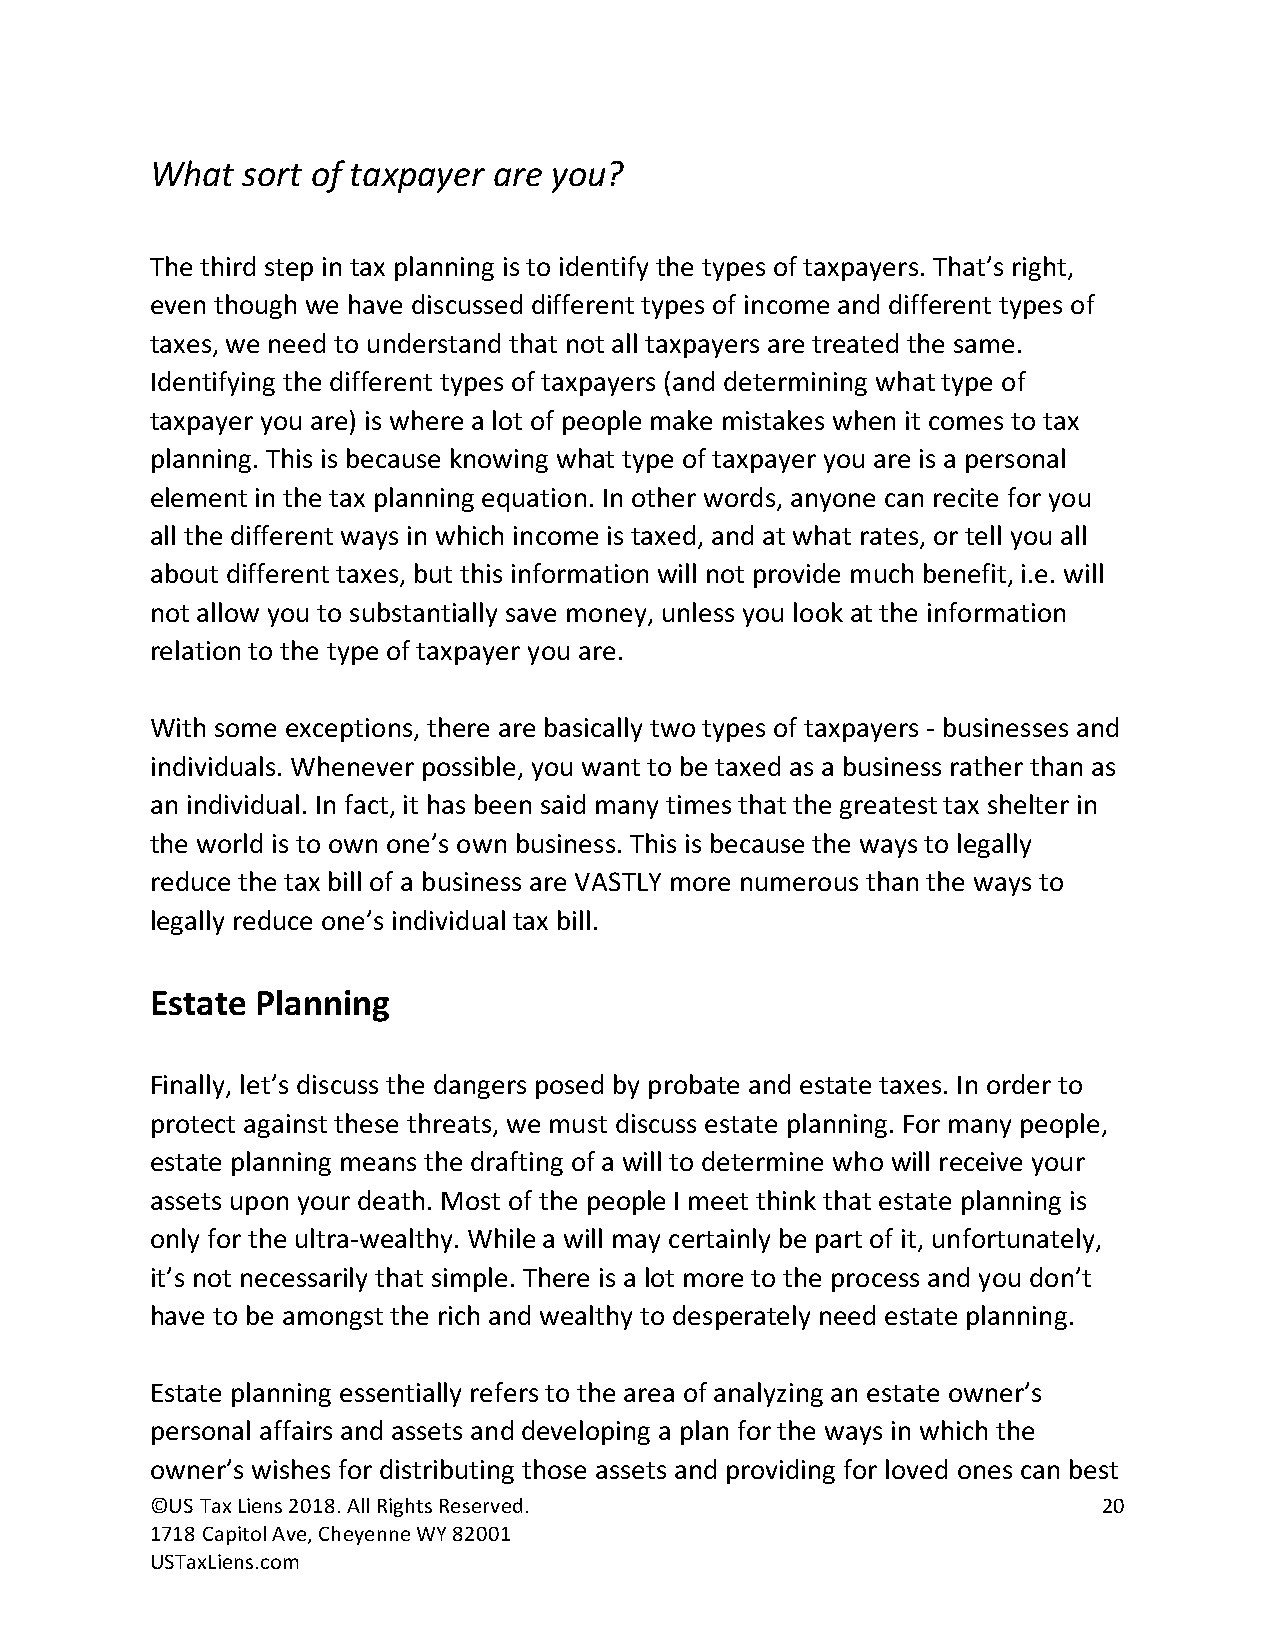
What  sort of taxpayer are you?
 The third step in tax planning is to identify the types of taxpayers. That’s right,
 even though we have discussed different types of income and different types of
 taxes, we need to understand that not all taxpayers are treated the same.
 Identifying the different types of taxpayers (and determining what type of
 taxpayer you are) is where a lot of people make mistakes when it comes to tax
 planning. This is because knowing what type of taxpayer you are is a personal
 element in the tax planning equation. In other words, anyone can recite for you
 all the different ways in which income is taxed, and at what rates, or tell you all
 about different taxes, but this information will not provide much benefit, i.e. will
 not allow you to substantially save money, unless you look at the information
 relation to the type of taxpayer you are.
 With some exceptions, there are basically two types of taxpayers - businesses and
 individuals. Whenever possible, you want to be taxed as a business rather than as
 an individual. In fact, it has been said many times that the greatest tax shelter in
 the world is to own one’s own business. This is because the ways to legally
 reduce the tax bill of a business are VASTLY more numerous than the ways to
 legally reduce one’s individual tax bill.
 Estate Planning
 Finally, let’s discuss the dangers posed by probate and estate taxes. In order to
 protect against these threats, we must discuss estate planning. For many people,
 estate planning means the drafting of a will to determine who will receive your
 assets upon your death. Most of the people I meet think that estate planning is
 only for the ultra-wealthy. While a will may certainly be part of it, unfortunately,
 it’s not necessarily that simple. There is a lot more to the process and you don’t
 have to be amongst the rich and wealthy to desperately need estate planning.
 Estate planning essentially refers to the area of analyzing an estate owner’s
 personal affairs and assets and developing a plan for the ways in which the
 owner’s wishes for distributing those assets and providing for loved ones can best
 ©US Tax Liens 2018. All Rights Reserved.                       20
 1718 Capitol Ave, Cheyenne WY 82001
 USTaxLiens.com